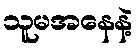
သူမအနေနဲ့